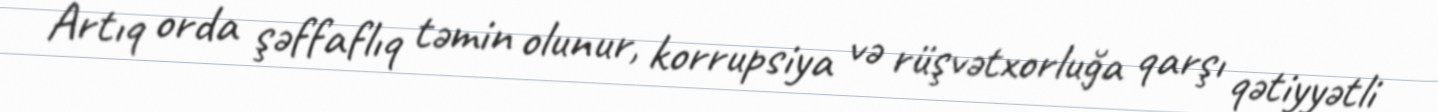
Artıq orda şəffaflıq təmin olunur, korrupsiya və rüşvətxorluğa qarşı qətiyyətli